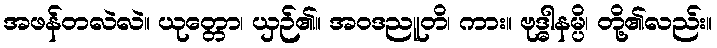
အဖန်တလဲလဲ။ ယုတ္တော၊ ယှဉ်၏။ အဝဒညူတိ၊ ကား။ ဗုဒ္ဓါနမ္ပိ၊ တို့၏လည်း။